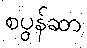
စပွန်ဆာ